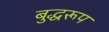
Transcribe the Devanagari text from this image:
बुद्धरूप